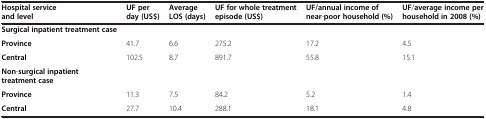
| Hospital service and level | UF per day (US$) | Average LOS (days) | UF for whole treatment episode (US$) | UF/annual income of near-poor household (%) | UF/average income per household in 2008 (%) |
 | --- | --- | --- | --- | --- | --- |
 | Surgical inpatient treatment case |  |  |  |  |  |
 | Province | 41.7 | 6.6 | 275.2 | 17.2 | 4.5 |
 | Central | 102.5 | 8.7 | 891.7 | 55.8 | 15.1 |
 | Non-surgical inpatient treatment case |  |  |  |  |  |
 | Province | 11.3 | 7.5 | 84.2 | 5.2 | 1.4 |
 | Central | 27.7 | 10.4 | 288.1 | 18.1 | 4.8 |